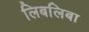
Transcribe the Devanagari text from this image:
लिबलिबा